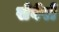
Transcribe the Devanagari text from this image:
सेवेरो